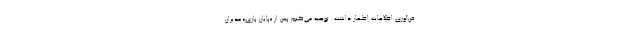
فن‌آوری اطلاعات اظهار داشت: توصیه می‌کنم پس از «پایان بازیِ» مدیران